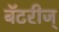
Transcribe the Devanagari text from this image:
बॅटरीज्